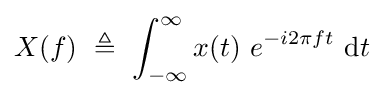
X(f)\ \triangleq \ \int _{-\infty }^{\infty }x(t)\ e^{-i2\pi ft}\ {\rm {d}}t